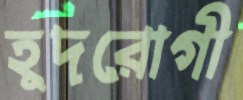
হূদরোগী